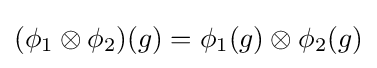
(\phi _{1}\otimes \phi _{2})(g)=\phi _{1}(g)\otimes \phi _{2}(g)